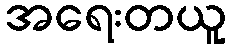
အရေးတယူ